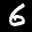
Label: 6